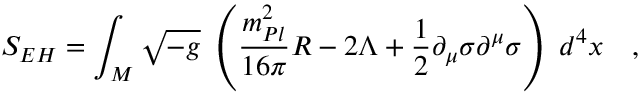
S _ { E H } = \int _ { \cal M } \sqrt { - g } ~ \left( { \frac { m _ { P l } ^ { 2 } } { 1 6 \pi } } { \cal R } - 2 \Lambda + { \frac { 1 } { 2 } } \partial _ { \mu } \sigma \partial ^ { \mu } \sigma \right) ~ d ^ { 4 } x ~ ~ ~ ,